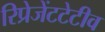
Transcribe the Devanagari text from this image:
रिप्रेजेंटटेटीव